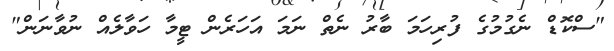
"ސްކޮޑް ނެގުމުގެ ފުރިހަމަ ބާރު ނެތް ނަމަ އަހަރެން ޓީމާ ހަވާލެއް ނުވާނަން"